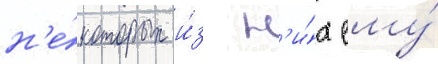
н'е́которых и́з н'и́х ему́